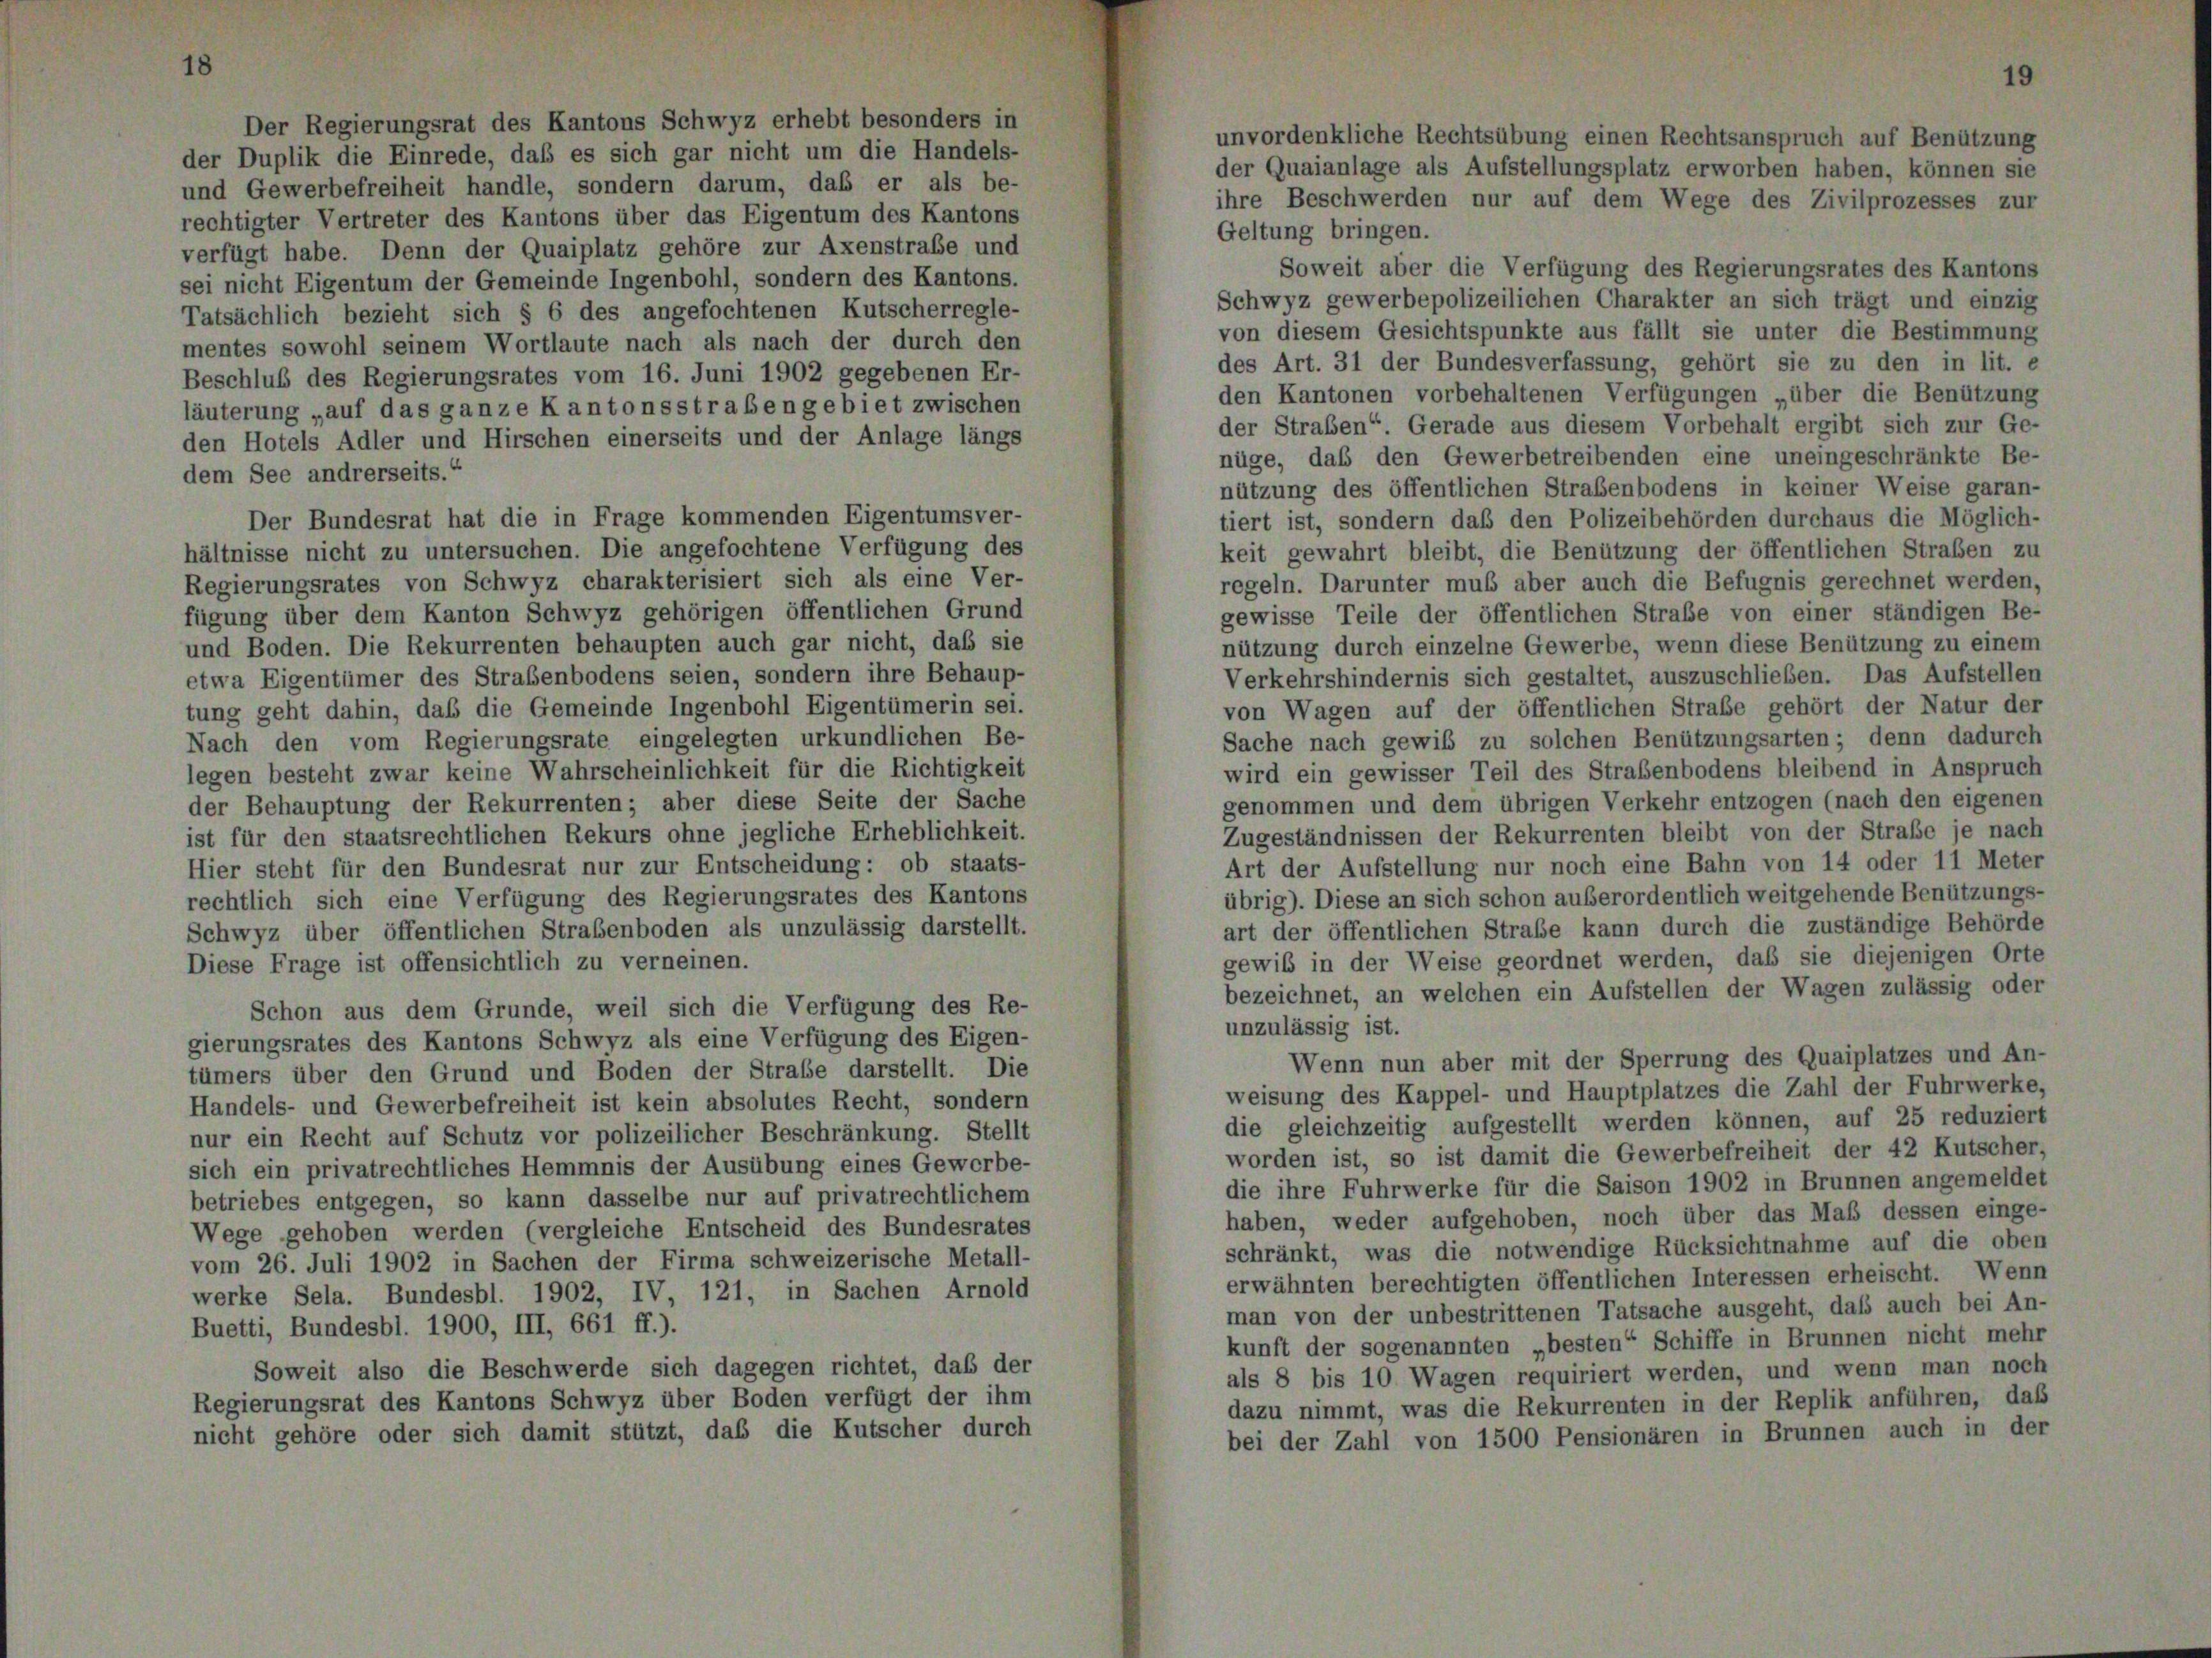
Der Regierungsrat des Kantons Schwyz erhebt besonders in
der Duplik die Einrede, daß es sich gar nicht um die Handels-
und Gewerbefreiheit handle, sondern darum, daß er als be-
rechtigter Vertreter des Kantons über das Eigentum des Kantons
Geltung bringen.
verfügt habe. Denn der Quaiplatz gehöre zur Axenstraße und
Soweit aber die Verfügung des Regierungsrates des Kantons
sei nicht Eigentum der Gemeinde Ingenbohl, sondern des Kantons.
Schwyz gewerbepolizeilichen Charakter an sich trägt und einzig
Tatsächlich bezieht sich § 6 des angefochtenen Kutscherregle-
von diesem Gesichtspunkte aus fällt sie unter die Bestimmung
mentes sowohl seinem Wortlaute nach als nach der durch den
des Art. 31 der Bundesverfassung, gehört sie zu den in lit. e
Beschluß des Regierungsrates vom 16. Juni 1902 gegebenen Er-
den Kantonen vorbehaltenen Verfügungen „über die Benützung
läuterung „auf das ganze Kantonsstrabengebiet zwischen
der Straben“. Gerade aus diesem Vorbehalt ergibt sich zur Ge-
den Hotels Adler und Hirschen einerseits und der Anlage längs
nüge, das den Gewerbetreibenden eine uneingeschränkte Be-
dem See andrerseits.“
nützung des öffentlichen Straßenbodens in keiner Weise garan-
Der Bundesrat hat die in Frage kommenden Eigentumsver-
tiert ist, sondern daß den Polizeibehörden durchaus die Möglich-
hältnisse nicht zu untersuchen. Die angefochtene Verfügung des
keit gewahrt bleibt, die Benützung der öffentlichen Straßen zu
Regierungsrates von Schwyz charakterisiert sich als eine Ver-
regeln. Darunter muß aber auch die Befugnis gerechnet werden,
gewisse Teile der öffentlichen Straße von einer ständigen Be-
fügung über dem Kanton Schwyz gehörigen öffentlichen Grund
nützung durch einzelne Gewerbe, wenn diese Benützung zu einem
und Boden. Die Rekurrenten behaupten auch gar nicht, das sie
Verkehrshindernis sich gestaltet, auszuschließen. Das Aufstellen
etwa Eigentümer des Straßenbodens seien, sondern ihre Behaup-
von Wagen auf der öffentlichen Straße gehört der Natur der
tung geht dahin, das die Gemeinde Ingenbohl Eigentümerin sei.
Sache nach gewiß zu solchen Benützungsarten; denn dadurch
Nach den vom Regierungsrate eingelegten urkundlichen Be-
wird ein gewisser Teil des Straßenbodens bleibend in Anspruch
legen besteht zwar keine Wahrscheinlichkeit für die Richtigkeit
genommen und dem übrigen Verkehr entzogen (nach den eigenen
der Behauptung der Rekurrenten; aber diese Seite der Sache
Zugeständnissen der Rekurrenten bleibt von der Straße je nach
ist für den staatsrechtlichen Rekurs ohne jegliche Erheblichkeit.
Art der Aufstellung nur noch eine Bahn von 14 oder 11 Meter
Hier steht für den Bundesrat nur zur Entscheidung: ob staats-
übrig). Diese an sich schon außerordentlich weitgehende Benützungs-
rechtlich sich eine Verfügung des Regierungsrates des Kantons
art der öffentlichen Straße kann durch die zuständige Behörde
Schwyz über öffentlichen Straßenboden als unzulässig darstellt.
gewiß in der Weise geordnet werden, daß sie diejenigen Orte
Diese Frage ist offensichtlich zu verneinen.
bezeichnet, an welchen ein Aufstellen der Wagen zulässig oder
Schon aus dem Grunde, weil sich die Verfügung des Re-
unzulässig ist.
gierungsrates des Kantons Schwyz als eine Verfügung des Eigen-
Wenn nun aber mit der Sperrung des Quaiplatzes und An-
tümers über den Grund und Boden der Strabe darstellt. Die
weisung des Kappel- und Hauptplatzes die Zahl der Fuhrwerke
Handels- und Gewerbefreiheit ist kein absolutes Recht, sondern
die gleichzeitig aufgestellt werden können, auf 25 reduziert
nur ein Recht auf Schutz vor polizeilicher Beschränkung. Stellt
worden ist, so ist damit die Gewerbefreiheit der 42 Kutscher,
sich ein privatrechtliches Hemmnis der Ausübung eines Gewerbe-
die ihre Fuhrwerke für die Saison 1902 in Brunnen angemeldet
betriebes entgegen, so kann dasselbe nur auf privatrechtlichem
haben, weder aufgehoben, noch über das Maß dessen einge-
Wege gehoben werden (vergleiche Entscheid des Bundesrates
schränkt, was die notwendige Rücksichtnahme auf die oben
vom 26. Juli 1902 in Sachen der Firma schweizerische Metall-
erwähnten berechtigten öffentlichen Interessen erheischt. Wenn
werke Sela. Bundesbl. 1902, IV, 121, in Sachen Arnold
man von der unbestrittenen Tatsache ausgeht, daß auch bei An-
Buetti, Bundesbl. 1900, III, 661 ff.).
kunft der sogenannten „besten“ Schiffe in Brunnen nicht mehr
Soweit also die Beschwerde sich dagegen richtet, daß der
als 8 bis 10 Wagen requiriert werden, und wenn man noch
Regierungsrat des Kantons Schwyz über Boden verfügt der ihm
dazu nimmt, was die Rekurrenten in der Replik anführen, daß
nicht gehöre oder sich damit stützt, das die Kutscher durch
bei der Zahl von 1500 Pensionären in Brunnen auch in der

unvordenkliche Rechtsübung einen Rechtsanspruch auf Benützung
der Quaianlage als Aufstellungsplatz erworben haben, können sie
ihre Beschwerden nur auf dem Wege des Zivilprozesses zur